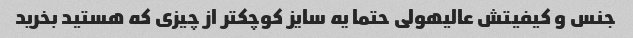
جنس و کیفیتش عالیهولی حتما یه سایز کوچکتر از چیزی که هستید بخرید